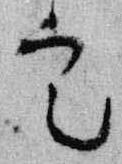
定